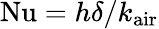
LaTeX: \mathrm{Nu}=h\delta/k_{\mathrm{air}}